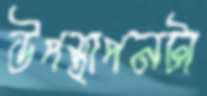
উপস্থাপনটা